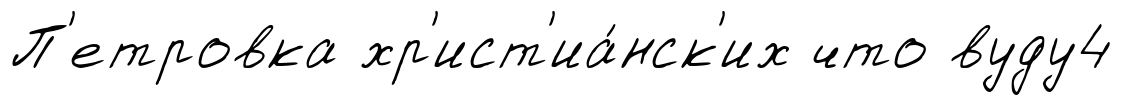
П'етровка хр'ист'иа́нск'их что вуду4